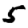
Digit: 5